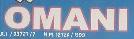
omani